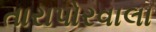
તારાપોરવાલા